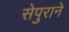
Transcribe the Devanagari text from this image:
सेपुराने